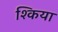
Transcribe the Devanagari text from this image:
श्किया